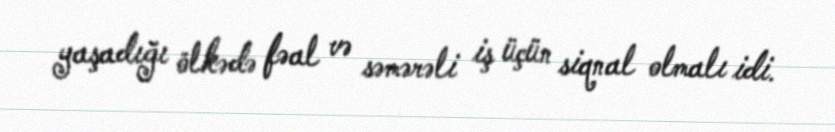
yaşadığı ölkədə fəal və səmərəli iş üçün siqnal olmalı idi.